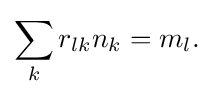
\sum _{k}r_{lk}n_{k}=m_{l}.\;